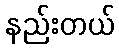
နည်းတယ်